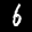
Label: 6